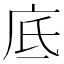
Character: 底